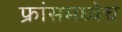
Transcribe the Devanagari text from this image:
फ्रांसमध्येच